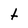
Character: t